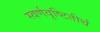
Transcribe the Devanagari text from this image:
स्वर्णवृष्टितीर्थ